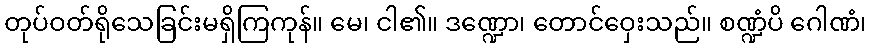
တုပ်ဝတ်ရိုသေခြင်းမရှိကြကုန်။ မေ၊ ငါ၏။ ဒဏ္ဍော၊ တောင်ဝှေးသည်။ စဏ္ဍံပိ ဂေါဏံ၊